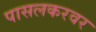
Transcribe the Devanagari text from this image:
पासलकरवर